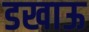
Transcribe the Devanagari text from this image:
डखाऊ